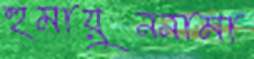
হুমায়ুননামা